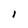
Character: l